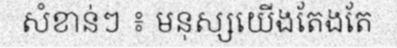
សំខាន់ៗ ៖ មនុស្សយើងតែងតែ